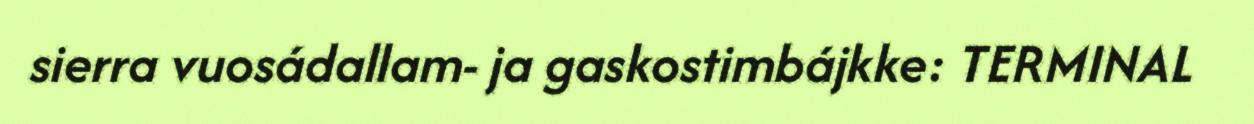
sierra vuosádallam- ja gaskostimbájkke: TERMINAL